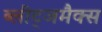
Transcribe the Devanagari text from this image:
ब्लीट्जमैक्स